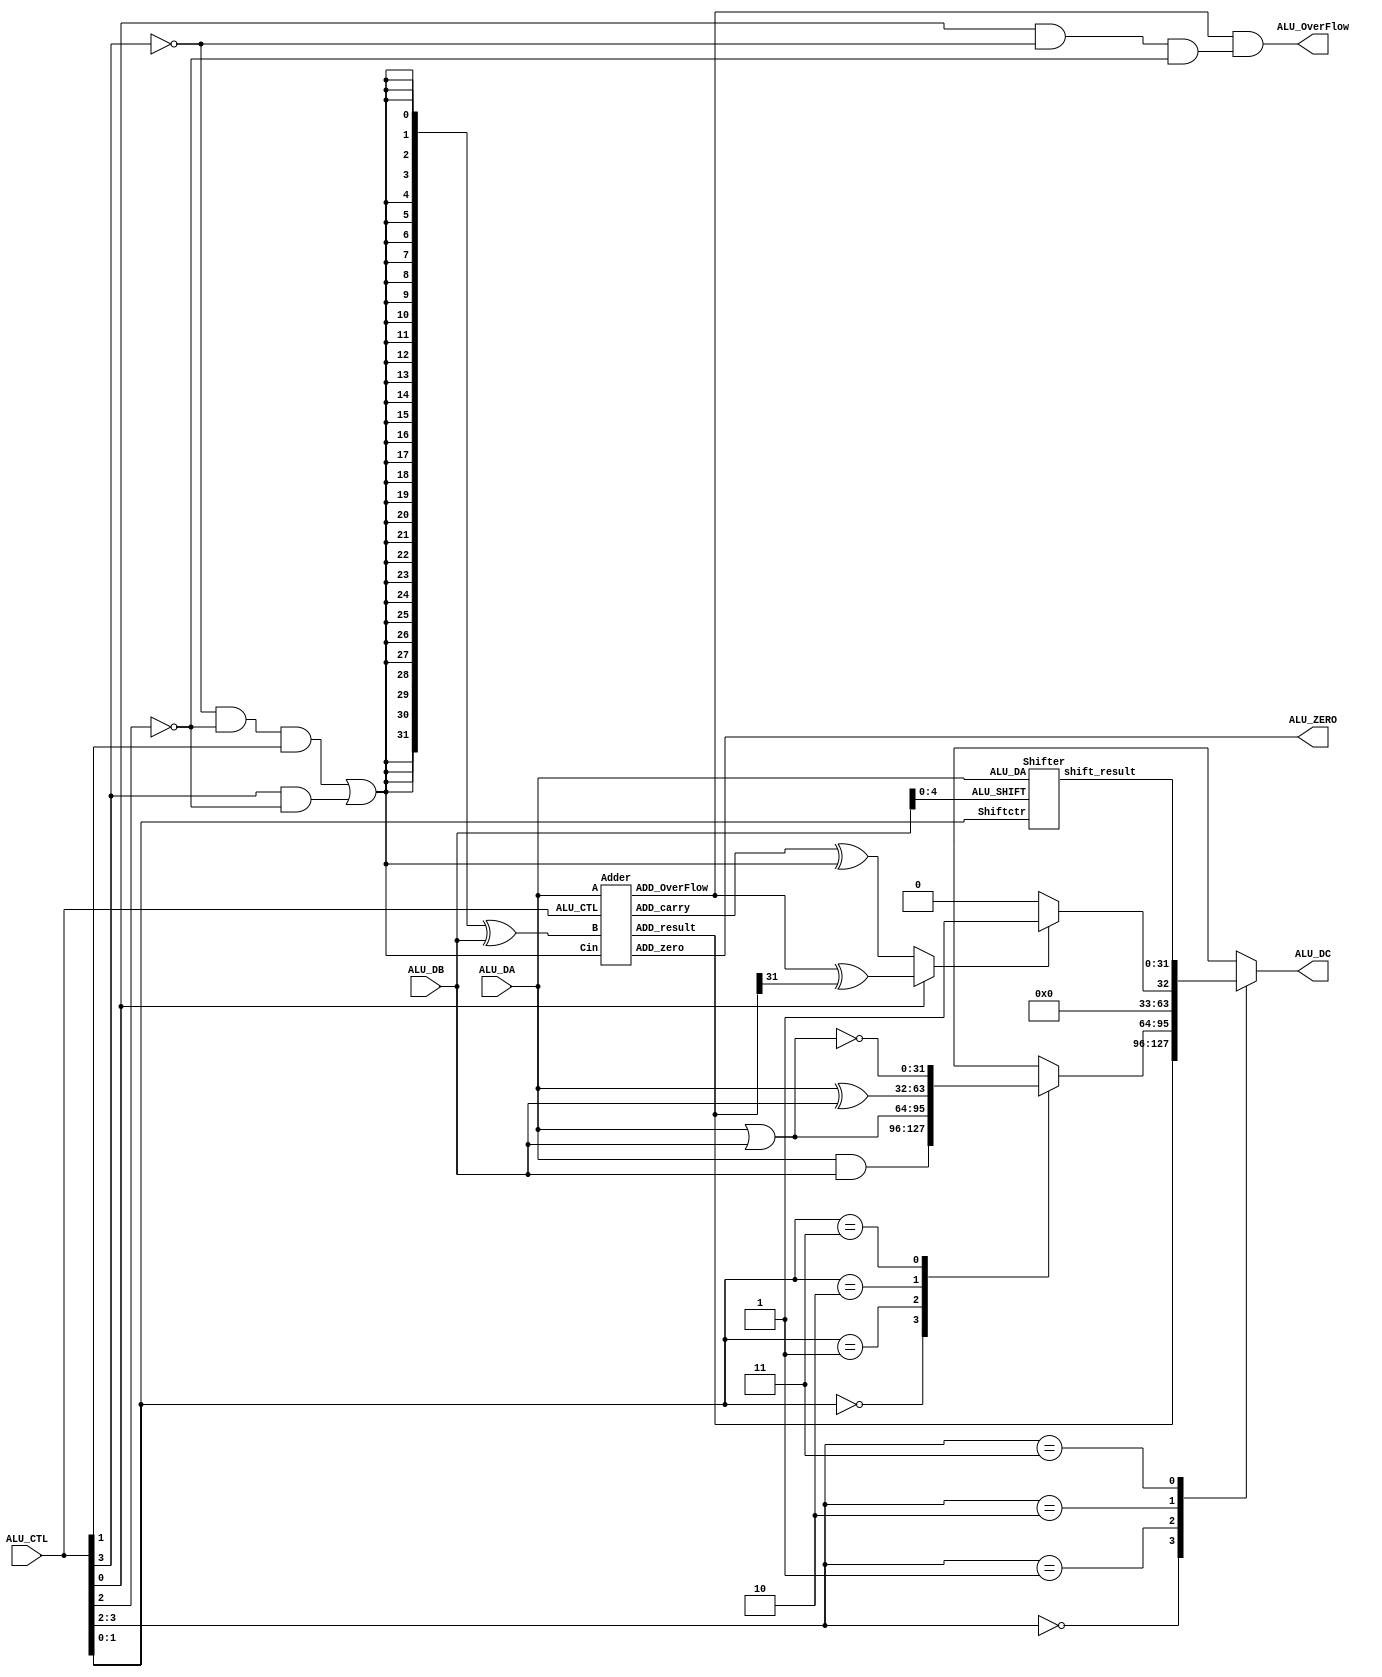
module alu(
	   ALU_DA,
       ALU_DB,
       ALU_CTL,
       ALU_ZERO,
       ALU_OverFlow,
       ALU_DC   
        );
	input [31:0]    ALU_DA;
    input [31:0]    ALU_DB;
    input [3:0]     ALU_CTL;
    output          ALU_ZERO;
    output          ALU_OverFlow;
    output reg [31:0]   ALU_DC;
		   
//********************generate ctr***********************
wire SUBctr;
wire SIGctr;
wire Ovctr;
wire [1:0] Opctr;
wire [1:0] Logicctr;
wire [1:0] Shiftctr;

assign SUBctr = (~ ALU_CTL[3]  & ~ALU_CTL[2]  & ALU_CTL[1])|( ALU_CTL[3]  & ~ALU_CTL[2]);//SUBctr=01SUBctr=1
assign Opctr = ALU_CTL[3:2];
assign Ovctr = ALU_CTL[0] & ~ ALU_CTL[3]  & ~ALU_CTL[2] ;//10.err
//ALU_CTL00010011
//Ovctr1
assign SIGctr = ALU_CTL[0];//01
assign Logicctr = ALU_CTL[1:0]; 
assign Shiftctr = ALU_CTL[1:0]; 

//********************************************************

//*********************logic op***************************
reg [31:0] logic_result;

always@(*) begin
    case(Logicctr)
	2'b00:logic_result = ALU_DA & ALU_DB;
	2'b01:logic_result = ALU_DA|ALU_DB;
	2'b10:logic_result = ALU_DA ^ ALU_DB;
	2'b11:logic_result = ~(ALU_DA|ALU_DB);            //
	endcase
end 

//********************************************************
//************************shift op************************
wire [4:0]     ALU_SHIFT;
wire [31:0] shift_result;
assign ALU_SHIFT=ALU_DB[4:0];                    //ALU2

Shifter Shifter(.ALU_DA(ALU_DA),                 //module shifterALU_DA
                .ALU_SHIFT(ALU_SHIFT),                //ALU_SHIFT
	.Shiftctr(Shiftctr),                           //Shiftctr
	.shift_result(shift_result));               //shift_result

//********************************************************
//************************add sub op**********************
wire [31:0] BIT_M,XOR_M;
wire ADD_carry,ADD_OverFlow;
wire [31:0] ADD_result;

assign BIT_M={32{SUBctr}};          //320321
assign XOR_M=BIT_M^ALU_DB;       //01

Adder Adder(.A(ALU_DA),                  //
                      .B(XOR_M),                  //
                     .Cin(SUBctr),                 //01
	     .ALU_CTL(ALU_CTL),     
	     .ADD_carry(ADD_carry),
	     .ADD_OverFlow(ADD_OverFlow),
	    .ADD_zero(ALU_ZERO),
	    .ADD_result(ADD_result));

assign ALU_OverFlow = ADD_OverFlow & Ovctr;     //Ovctr=1

//********************************************************
//**************************slt op************************
wire [31:0] SLT_result;
wire LESS_M1,LESS_M2,LESS_S,SLT_M;

assign LESS_M1 = ADD_carry ^ SUBctr;           //SUBstr=101
assign LESS_M2 = ADD_OverFlow ^ ADD_result[31];   // ADD_OverFlow=1ADD_result[31]
assign LESS_S = (SIGctr==1'b0)?LESS_M1:LESS_M2;//SIGctr==1'b0LESS_S =0
assign SLT_result = (LESS_S)?32'h00000001:32'h00000000;//

//********************************************************
//**************************ALU result********************
always @(*) 
begin
  case(Opctr)
     2'b00:ALU_DC<=ADD_result;
     2'b01:ALU_DC<=logic_result;
     2'b10:ALU_DC<=SLT_result;
     2'b11:ALU_DC<=shift_result; 
  endcase
end

//********************************************************
endmodule


//********************************************************
//*************************shifter************************
module Shifter(input [31:0] ALU_DA,
               input [4:0] ALU_SHIFT,                       
			   input [1:0] Shiftctr,
			   output reg [31:0] shift_result);
			   
`ifdef BEHAVOR
     wire [5:0] shift_n;                                                      //assign Shiftctr = ALU_CTL[1:0]; 
	 assign shift_n = 6'd32 - Shiftctr;                 //
     always@(*) begin
	   case(Shiftctr)                                       // assign ALU_SHIFT=ALU_DB[4:0];  
	   2'b00:shift_result = ALU_DA << ALU_SHIFT;            
	   2'b01:shift_result = ALU_DA >> ALU_SHIFT;
	   2'b10:shift_result = ({32{ALU_DA[31]}} << shift_n)|(ALU_DA >> ALU_SHIFT);
	   default:shift_result = ALU_DA;
	   endcase
	 end
`else
    reg[31:0] SLL_M,SRL_M,SRA_M;

    always@(*)//SRL
    begin
      case(ALU_SHIFT)               //0
         5'b00000:SRL_M[31:0]=ALU_DA[31:0]; 
         5'b00001:SRL_M[31:0]={1'd0 ,ALU_DA[31:1]};
         5'b00010:SRL_M[31:0]={2'd0 ,ALU_DA[31:2]};
         5'b00011:SRL_M[31:0]={3'd0 ,ALU_DA[31:3]}; 		 
      	 5'b00100:SRL_M[31:0]={4'd0 ,ALU_DA[31:4]}; 	
		 5'b00101:SRL_M[31:0]={5'd0 ,ALU_DA[31:5]}; 	
		 5'b00110:SRL_M[31:0]={6'd0 ,ALU_DA[31:6]}; 	
		 5'b00111:SRL_M[31:0]={7'd0 ,ALU_DA[31:7]}; 	
		 5'b01000:SRL_M[31:0]={8'd0 ,ALU_DA[31:8]}; 	
		 5'b01001:SRL_M[31:0]={9'd0 ,ALU_DA[31:9]}; 	
		 5'b01010:SRL_M[31:0]={10'd0,ALU_DA[31:10]}; 	
		 5'b01011:SRL_M[31:0]={11'd0,ALU_DA[31:11]}; 	
		 5'b01100:SRL_M[31:0]={12'd0,ALU_DA[31:12]}; 	
		 5'b01101:SRL_M[31:0]={13'd0,ALU_DA[31:13]}; 	
		 5'b01110:SRL_M[31:0]={14'd0,ALU_DA[31:14]}; 	
		 5'b01111:SRL_M[31:0]={15'd0,ALU_DA[31:15]}; 	
		 5'b10000:SRL_M[31:0]={16'd0,ALU_DA[31:16]}; 	
		 5'b10001:SRL_M[31:0]={17'd0,ALU_DA[31:17]}; 	
		 5'b10010:SRL_M[31:0]={18'd0,ALU_DA[31:18]}; 	
		 5'b10011:SRL_M[31:0]={19'd0,ALU_DA[31:19]}; 	
		 5'b10100:SRL_M[31:0]={20'd0,ALU_DA[31:20]}; 	
		 5'b10101:SRL_M[31:0]={21'd0,ALU_DA[31:21]}; 	
		 5'b10110:SRL_M[31:0]={22'd0,ALU_DA[31:22]}; 	
		 5'b10111:SRL_M[31:0]={23'd0,ALU_DA[31:23]}; 	
		 5'b11000:SRL_M[31:0]={24'd0,ALU_DA[31:24]}; 	
		 5'b11001:SRL_M[31:0]={25'd0,ALU_DA[31:25]}; 
		 5'b11010:SRL_M[31:0]={26'd0,ALU_DA[31:26]}; 
		 5'b11011:SRL_M[31:0]={27'd0,ALU_DA[31:27]}; 
		 5'b11100:SRL_M[31:0]={28'd0,ALU_DA[31:28]}; 
		 5'b11101:SRL_M[31:0]={29'd0,ALU_DA[31:29]}; 
		 5'b11110:SRL_M[31:0]={30'd0,ALU_DA[31:30]};  
                                 5'b11111:SRL_M[31:0]={31'd0,ALU_DA[31]}; 
         default: SRL_M[31:0]=ALU_DA[31:0]; 
      endcase
    end

  always@(*) //SLL
    begin
      case(ALU_SHIFT)
         5'b00000:SLL_M[31:0]=ALU_DA[31:0]; 
         5'b00001:SLL_M[31:0]={ALU_DA[30:0],1'd0};
         5'b00010:SLL_M[31:0]={ALU_DA[29:0],2'd0}; 
         5'b00011:SLL_M[31:0]={ALU_DA[28:0],3'd0};
		 5'b00100:SLL_M[31:0]={ALU_DA[27:0],4'd0};
		 5'b00101:SLL_M[31:0]={ALU_DA[26:0],5'd0};
		 5'b00110:SLL_M[31:0]={ALU_DA[25:0],6'd0};
		 5'b00111:SLL_M[31:0]={ALU_DA[24:0],7'd0};
		 5'b01000:SLL_M[31:0]={ALU_DA[23:0],8'd0};
		 5'b01001:SLL_M[31:0]={ALU_DA[22:0],9'd0};
		 5'b01010:SLL_M[31:0]={ALU_DA[21:0],10'd0};
		 5'b01011:SLL_M[31:0]={ALU_DA[20:0],11'd0};
		 5'b01100:SLL_M[31:0]={ALU_DA[19:0],12'd0};
		 5'b01101:SLL_M[31:0]={ALU_DA[18:0],13'd0};
		 5'b01110:SLL_M[31:0]={ALU_DA[17:0],14'd0};
		 5'b01111:SLL_M[31:0]={ALU_DA[16:0],15'd0};
		 5'b10000:SLL_M[31:0]={ALU_DA[15:0],16'd0};
		 5'b10001:SLL_M[31:0]={ALU_DA[14:0],17'd0};
		 5'b10010:SLL_M[31:0]={ALU_DA[13:0],18'd0};
		 5'b10011:SLL_M[31:0]={ALU_DA[12:0],19'd0};
		 5'b10100:SLL_M[31:0]={ALU_DA[11:0],20'd0};
		 5'b10101:SLL_M[31:0]={ALU_DA[10:0],21'd0};
		 5'b10110:SLL_M[31:0]={ALU_DA[9:0] ,22'd0};
		 5'b10111:SLL_M[31:0]={ALU_DA[8:0] ,23'd0};
		 5'b11000:SLL_M[31:0]={ALU_DA[7:0] ,24'd0};
		 5'b11001:SLL_M[31:0]={ALU_DA[6:0] ,25'd0};
		 5'b11010:SLL_M[31:0]={ALU_DA[5:0] ,26'd0};
		 5'b11011:SLL_M[31:0]={ALU_DA[4:0] ,27'd0};
		 5'b11100:SLL_M[31:0]={ALU_DA[3:0] ,28'd0};
		 5'b11101:SLL_M[31:0]={ALU_DA[2:0] ,29'd0};
		 5'b11110:SLL_M[31:0]={ALU_DA[1:0] ,30'd0};
		 5'b11111:SLL_M[31:0]={ALU_DA[0],31'd0}; 
         default: SLL_M[31:0]=ALU_DA[31:0]; 
      endcase
    end

 always@(*) //SRA
    begin
      case(ALU_SHIFT)
         5'b00000:SRA_M[31:0]=ALU_DA[31:0]; 
         5'b00001:SRA_M[31:0]={{1{ALU_DA[31]}},ALU_DA[31:1]};
         5'b00010:SRA_M[31:0]={{2{ALU_DA[31]}},ALU_DA[31:2]}; 
         5'b00011:SRA_M[31:0]={{3{ALU_DA[31]}},ALU_DA[31:3]};
		 5'b00100:SRA_M[31:0]={{4{ALU_DA[31]}},ALU_DA[31:4]}; 
		 5'b00101:SRA_M[31:0]={{5{ALU_DA[31]}},ALU_DA[31:5]};
		 5'b00110:SRA_M[31:0]={{6{ALU_DA[31]}},ALU_DA[31:6]};
		 5'b00111:SRA_M[31:0]={{7{ALU_DA[31]}},ALU_DA[31:7]};
		 5'b01000:SRA_M[31:0]={{8{ALU_DA[31]}},ALU_DA[31:8]};
		 5'b01001:SRA_M[31:0]={{9{ALU_DA[31]}},ALU_DA[31:9]};
		 5'b01010:SRA_M[31:0]={{10{ALU_DA[31]}},ALU_DA[31:10]};
		 5'b01011:SRA_M[31:0]={{11{ALU_DA[31]}},ALU_DA[31:11]};
		 5'b01100:SRA_M[31:0]={{12{ALU_DA[31]}},ALU_DA[31:12]};
		 5'b01101:SRA_M[31:0]={{13{ALU_DA[31]}},ALU_DA[31:13]};
		 5'b01110:SRA_M[31:0]={{14{ALU_DA[31]}},ALU_DA[31:14]};
		 5'b01111:SRA_M[31:0]={{15{ALU_DA[31]}},ALU_DA[31:15]};
		 5'b10000:SRA_M[31:0]={{16{ALU_DA[31]}},ALU_DA[31:16]};
		 5'b10001:SRA_M[31:0]={{17{ALU_DA[31]}},ALU_DA[31:17]};
		 5'b10010:SRA_M[31:0]={{18{ALU_DA[31]}},ALU_DA[31:18]};
		 5'b10011:SRA_M[31:0]={{19{ALU_DA[31]}},ALU_DA[31:19]};
		 5'b10100:SRA_M[31:0]={{20{ALU_DA[31]}},ALU_DA[31:20]};
		 5'b10101:SRA_M[31:0]={{21{ALU_DA[31]}},ALU_DA[31:21]};
		 5'b10110:SRA_M[31:0]={{22{ALU_DA[31]}},ALU_DA[31:22]};
		 5'b10111:SRA_M[31:0]={{23{ALU_DA[31]}},ALU_DA[31:23]};
		 5'b11000:SRA_M[31:0]={{24{ALU_DA[31]}},ALU_DA[31:24]};
		 5'b11001:SRA_M[31:0]={{25{ALU_DA[31]}},ALU_DA[31:25]};
		 5'b11010:SRA_M[31:0]={{26{ALU_DA[31]}},ALU_DA[31:26]};
		 5'b11011:SRA_M[31:0]={{27{ALU_DA[31]}},ALU_DA[31:27]};
		 5'b11100:SRA_M[31:0]={{28{ALU_DA[31]}},ALU_DA[31:28]};
		 5'b11101:SRA_M[31:0]={{29{ALU_DA[31]}},ALU_DA[31:29]};
		 5'b11110:SRA_M[31:0]={{30{ALU_DA[31]}},ALU_DA[31:30]};
		 5'b11111:SRA_M[31:0]={{31{ALU_DA[31]}},ALU_DA[31]}; 
         default: SRA_M[31:0]=ALU_DA[31:0]; 
      endcase
    end

 always@(*) //SHIFT
    begin
      case(Shiftctr)
         2'b00:shift_result=SLL_M;
         2'b01:shift_result=SRL_M;
         2'b10:shift_result=SRA_M;
         default: shift_result=ALU_DA; 
      endcase
    end

`endif

endmodule

//*************************************************************
//***********************************adder*********************
module Adder(input [31:0] A,
             input [31:0] B,
			 input Cin,            //01
			 input [3:0] ALU_CTL,
			 output ADD_carry,
			 output ADD_OverFlow,
			 output ADD_zero,
			 output [31:0] ADD_result);
`ifdef ALGORITHM
    assign {ADD_carry,ADD_result}=A+B+Cin;    //,
`else
    cla_adder32 cla_adder32_inst1(.A(A),
	                      	.B(B),
			.cin(Cin),
			.cout(ADD_carry),
			.result(ADD_result));	   //
`endif

   assign ADD_zero = ~(|ADD_result);         //00ADD_resultADD_resultADD_result0ADD_zero311ADD_result
  assign ADD_OverFlow=((ALU_CTL==4'b0001) & ~A[31] & ~B[31] & ADD_result[31]) 
                     |((ALU_CTL==4'b0001) & A[31] & B[31] & ~ADD_result[31]) 
                     |((ALU_CTL==4'b0011) & A[31] & ~B[31] & ~ADD_result[31]) 
	     			 |((ALU_CTL==4'b0011) & ~A[31] & B[31] & ADD_result[31]);
                 //4'b0001ALU_CTL
//ALU_CTL0001
//assign ADD_OverFlow=((ALU_CTL==4'b0000) & ~A[31] & ~B[31] & ADD_result[31]) //+=
//                     |((ALU_CTL==4'b0000) & A[31] & B[31] & ~ADD_result[31])                 //+=
//                     |((ALU_CTL==4'b0011) & A[31] & ~B[31] & ~ADD_result[31])            // -= 
//	    			 |((ALU_CTL==4'b0011) & ~A[31] & B[31] & ADD_result[31]);            // -=
endmodule

//******************************************************
//***************************************cla_adder************************************
//
module cla_4(p,g,c_in,c,gx,px);           //4
input[3:0] p,g;
input c_in;
output[4:1] c;
output gx,px;

assign c[1] = p[0]&c_in|g[0];
assign c[2] = p[1]&p[0]&c_in|p[1]&g[0]|g[1];
assign c[3] = p[2]&p[1]&p[0]&c_in|p[2]&p[1]&g[0]|p[2]&g[1]|g[2];
assign c[4] = gx|px&c_in;

assign px = p[3]&p[2]&p[1]&p[0];
assign gx = g[3]|p[3]&g[2]|p[3]&p[2]&g[1]|p[3]&p[2]&p[1]&g[0];

endmodule

module cla_adder32(A,B,cin,result,cout);      //32

input [31:0] A;
input [31:0] B;
input cin;
output[31:0] result;
output cout;


wire[31:0] TAG,TAP;
wire[32:1] TAC;
wire[15:0] TAG_0,TAP_0;
wire[3:0] TAG_1,TAP_1;
wire[8:1] TAC_1;
wire[4:1] TAC_2;
 
assign result = A ^ B ^ {TAC[31:1],cin};  
assign TAG = A&B;
assign TAP = A|B;

//32

cla_4 cla_0_0( .p(TAP[3:0]),  .g(TAG[3:0]),  .c_in(cin), .c(TAC[4:1]),  .gx(TAG_0[0]),.px(TAP_0[0]));
cla_4 cla_0_1( .p(TAP[7:4]),  .g(TAG[7:4]),  .c_in(TAC_1[1]),.c(TAC[8:5]),  .gx(TAG_0[1]),.px(TAP_0[1]));
cla_4 cla_0_2( .p(TAP[11:8]), .g(TAG[11:8]), .c_in(TAC_1[2]),.c(TAC[12:9]), .gx(TAG_0[2]),.px(TAP_0[2]));
cla_4 cla_0_3( .p(TAP[15:12]),.g(TAG[15:12]),.c_in(TAC_1[3]),.c(TAC[16:13]),.gx(TAG_0[3]),.px(TAP_0[3]));
cla_4 cla_0_4( .p(TAP[19:16]),.g(TAG[19:16]),.c_in(TAC_1[4]),.c(TAC[20:17]),.gx(TAG_0[4]),.px(TAP_0[4]));
cla_4 cla_0_5( .p(TAP[23:20]),.g(TAG[23:20]),.c_in(TAC_1[5]),.c(TAC[24:21]),.gx(TAG_0[5]),.px(TAP_0[5]));
cla_4 cla_0_6( .p(TAP[27:24]),.g(TAG[27:24]),.c_in(TAC_1[6]),.c(TAC[28:25]),.gx(TAG_0[6]),.px(TAP_0[6]));
cla_4 cla_0_7( .p(TAP[31:28]),.g(TAG[31:28]),.c_in(TAC_1[7]),.c(TAC[32:29]),.gx(TAG_0[7]),.px(TAP_0[7]));


////////////////////////
cla_4 cla_1_0(.p(TAP_0[3:0]),  .g(TAG_0[3:0]),  .c_in(cin),.c(TAC_1[4:1]),  .gx(TAG_1[0]),.px(TAP_1[0]));


cla_4 cla_1_1(.p(TAP_0[7:4]),  .g(TAG_0[7:4]),  .c_in(TAC_1[4]),.c(TAC_1[8:5]),  .gx(TAG_1[1]),.px(TAP_1[1]));

assign TAG_1[3:2] = 2'b00;
assign TAP_1[3:2] = 2'b00;

cla_4 cla_2_0(.p(TAP_1[3:0]),   .g(TAG_1[3:0]),    .c_in(1'b0), .c(TAC_2[4:1]),  .gx(),.px());

assign cout = TAC_2[2];

endmodule